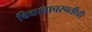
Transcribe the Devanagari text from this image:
विद्यावाचस्पतीची